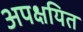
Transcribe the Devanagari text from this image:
अपक्षयित